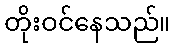
တိုးဝင်နေသည်။